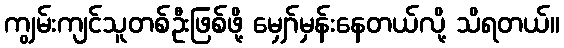
ကျွမ်းကျင်သူတစ်ဦးဖြစ်ဖို့ မျှော်မှန်းနေတယ်လို့ သိရတယ်။